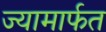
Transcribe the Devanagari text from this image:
ज्यामार्फत